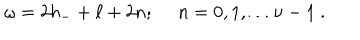
\omega = 2 h _ { - } + \ell + 2 n ; \ n = 0 , 1 , \ldots \nu - 1 \ .